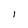
Character: l